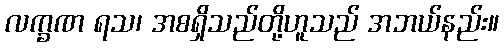
လက္ခဏ ရသ၊ အစရှိသည်တို့ဟူသည် အဘယ်နည်း။